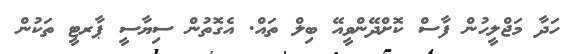
ހަދާ މަޖްލީހުން ފާސް ކޮށްދޭންވީއޭ ބިލް ތައް. އެގޮތުން ސިޔާސީ ޕާރޓީ ތަކުން